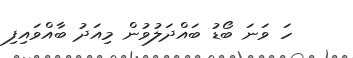
ހަ ވަނަ ބޯޑު ބައްދަލުވުން މިއަދު ބާއްވައިފި